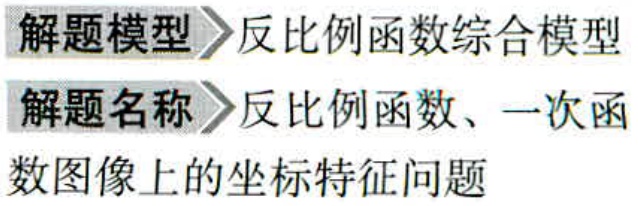
解题模型 \(\rhd\) 反比例函数综合模型
解题名称 \(\rhd\) 反比例函数、一次函
数图像上的坐标特征问题